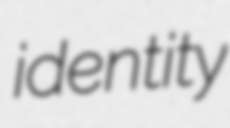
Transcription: identity